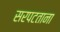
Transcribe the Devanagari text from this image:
सरपटताना